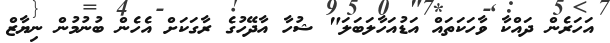
އަހަރެން ދައްކާ ވާހަކަތައް އަޑުއަހާލަބަލަ" ޝުހާ އާދޭހުގެ ރާގަކަށް އެހެން ބުނުމުން ނިޔާޒް